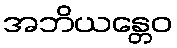
အဘိယန္တေဝ